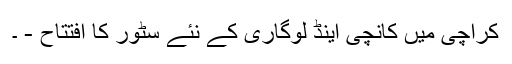
کراچی میں کانچی اینڈ لوگاری کے نئے سٹور کا افتتاح - ۔